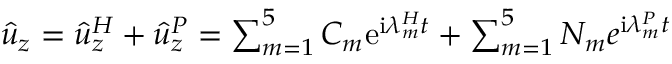
\begin{array} { r } { \hat { u } _ { z } = \hat { u } _ { z } ^ { H } + \hat { u } _ { z } ^ { P } = \sum _ { m = 1 } ^ { 5 } C _ { m } \mathrm { e } ^ { \mathrm { i } \lambda _ { m } ^ { H } t } + \sum _ { m = 1 } ^ { 5 } N _ { m } e ^ { \mathrm { i } \lambda _ { m } ^ { P } t } } \end{array}